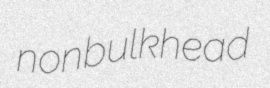
nonbulkhead